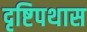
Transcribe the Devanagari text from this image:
दृष्टिपथास